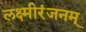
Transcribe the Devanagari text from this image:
लक्ष्मीरंजनम्